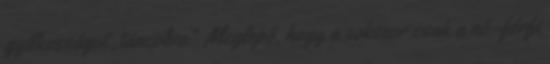
gyilkosságot „táncolva”. Meglepő, hogy a sokszor csak a nő–férfi